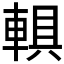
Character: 𨍄